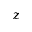
z